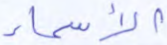
الأسماء